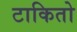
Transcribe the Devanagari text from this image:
टाकितो